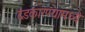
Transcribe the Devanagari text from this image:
दंडकारण्यामध्ये